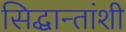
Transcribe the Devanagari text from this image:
सिद्धान्तांशी